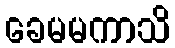
ခေမမကာသိ